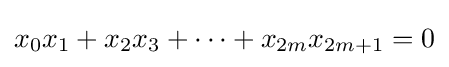
x_{0}x_{1}+x_{2}x_{3}+\cdots +x_{2m}x_{2m+1}=0